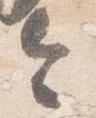
令